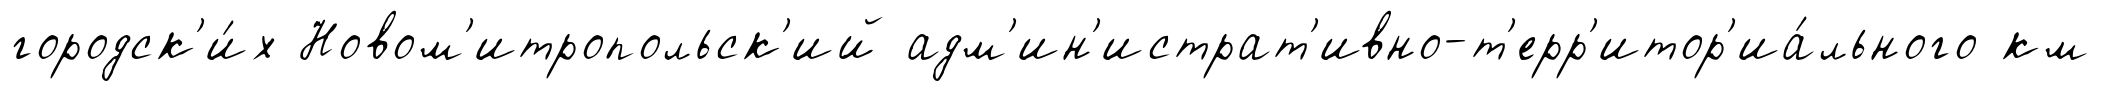
городск'и́х Новом'итропольск'ий адм'ин'истрат'ивно-т'ерр'итор'иа́льного км